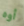
أوه